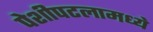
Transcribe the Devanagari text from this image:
पेशीपटलामध्ये